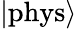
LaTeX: \left|\mathrm{phys}\right\rangle